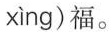
xìng )福。